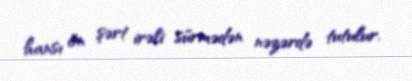
hansı ön şərt irəli sürmədən nəzərdə tutulur.